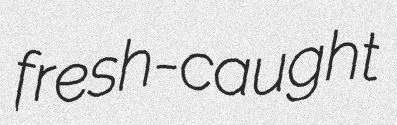
fresh-caught